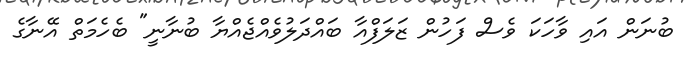
ބުނަން އައި ވާހަކަ ވެސް ފަހުން ޒަލަފްއާ ބައްދަލުވެއްޖެއްޔާ ބުނާނީ" ބެހެމަތް އޭނާގެ